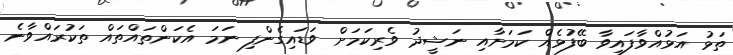
ތަޅު އަޅުއްވާފައިވާ ބޭފުޅެއް ކަމަށާއި ނަޝީދު ވެރިކަމަށް ވަޑައިގެންފި ނަމަ އެކަންތައްތައް ތަކުރައްވާނެ